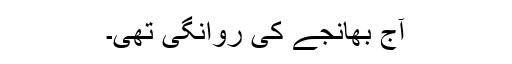
آج بھانجے کی روانگی تھی۔